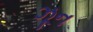
ઝૂન